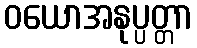
ဝယောအနုပ္ပတ္တာ